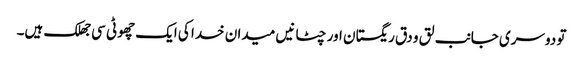
تو دوسری جانب لق و دق ریگستان اور چٹانیں میدان خدا کی ایک چھوٹی سی جھلک ہیں۔